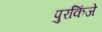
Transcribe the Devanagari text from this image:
पुरकिंजे